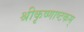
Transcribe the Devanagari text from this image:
श्रीकृष्णाष्टकम्